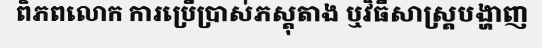
ពិភពលោក ការប្រើប្រាស់ភស្តុតាង ឬវិធីសាស្ត្របង្ហាញ